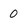
Character: 0